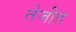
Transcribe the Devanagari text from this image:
तेजीत